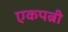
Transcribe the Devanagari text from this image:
एकपत्नी